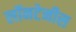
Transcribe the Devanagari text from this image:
लॉनटेनीस